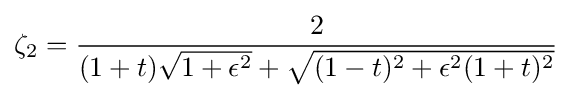
\zeta _{2}={\frac {2}{(1+t){\sqrt {1+\epsilon ^{2}}}+{\sqrt {(1-t)^{2}+\epsilon ^{2}(1+t)^{2}}}}}